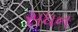
સધન